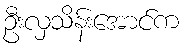
ဦးလှသိန်းအောင်က